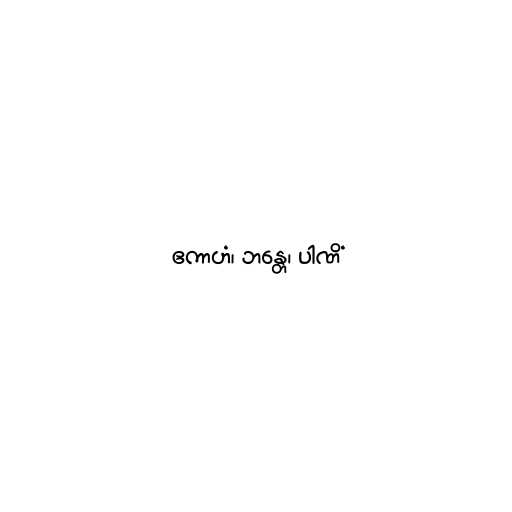
ဧကာဟံ၊ ဘန္တေ၊ ပါဏိံ